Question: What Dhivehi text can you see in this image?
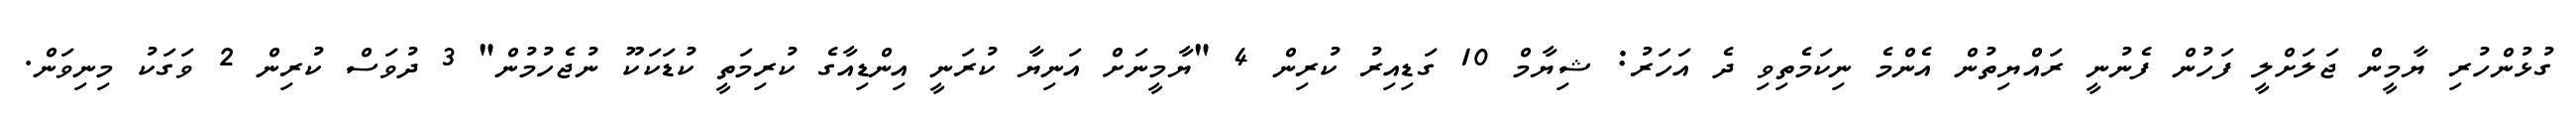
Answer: ގުޅުންހުރި ޔާމީން ޖަލަށްލީ ފަހުން ފެނުނީ ރައްޔިތުން އެންމެ ނިކަމެތިވި ދެ އަހަރު: ޝިޔާމް 10 ގަޑިއިރު ކުރިން 4 "ޔާމީނަށް އަނިޔާ ކުރަނީ އިންޑިއާގެ ކުރިމަތީ ކުޑަކަކޫ ނުޖެހުމުން" 3 ދުވަސް ކުރިން 2 ވަގަކު މިނިވަން.